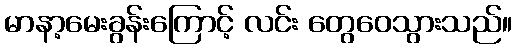
မာနာ့မေးခွန်းကြောင့် လင်း တွေဝေသွားသည်။